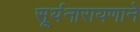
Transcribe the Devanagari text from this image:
सूर्यनारायणाने